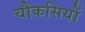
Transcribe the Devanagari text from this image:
चौकसियों